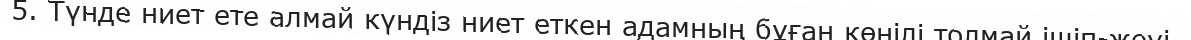
5. Түнде ниет ете алмай күндіз ниет еткен адамның бұған көңілі толмай ішіп-жеуі.